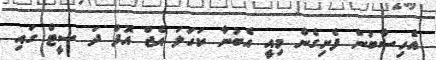
އެހިސާބުން ފެށިގެން މިއީ އެބުނާ ކަހަލަ އެޖް އޮފް ދަ ސީޓް ގައި